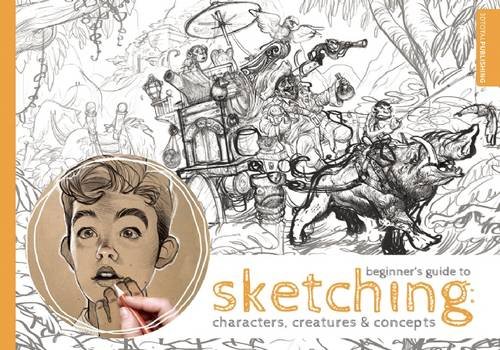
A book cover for Beginner's Guide to Sketching: Characters, Creatures and Concepts; Arts & Photography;